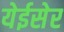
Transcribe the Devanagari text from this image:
येईसेर